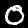
Label: 0